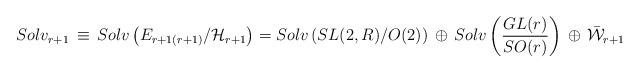
LaTeX: \begin{align*}Solv_{r+1}\, \equiv \,Solv \left( E_{r+1(r+1)}/ {\cal H}_{r+1} \right )= Solv \left( SL(2,R)/ O(2) \right )\, \oplus \, Solv \left( \frac {GL(r)}{SO(r) } \right) \,\oplus \, {\bar {\cal W}}_{r+1}\end{align*}